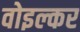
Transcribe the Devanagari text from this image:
वोइल्कर